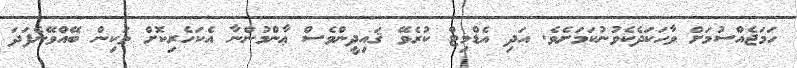
ހަމަޖެއްސުމަށް ވާހަކަދެކެވުނުކަމަށެވެ. އަދި އެޑްމިޓް ކުރެވޭ ޤައިދީންވެސް ޢާންމުންނާ އެކަހެރިކޮށް ވަކިން ބޭއްވޭނެފަދަ